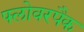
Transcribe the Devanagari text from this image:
फ्लोवरपैक